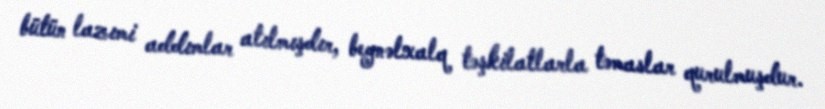
bütün lazımi addımlar atılmışdır, beynəlxalq təşkilatlarla təmaslar qurulmuşdur.